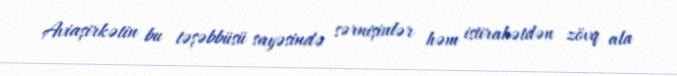
Aviaşirkətin bu təşəbbüsü sayəsində sərnişinlər həm istirahətdən zövq ala